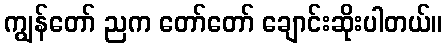
ကျွန်တော် ညက တော်တော် ချောင်းဆိုးပါတယ်။